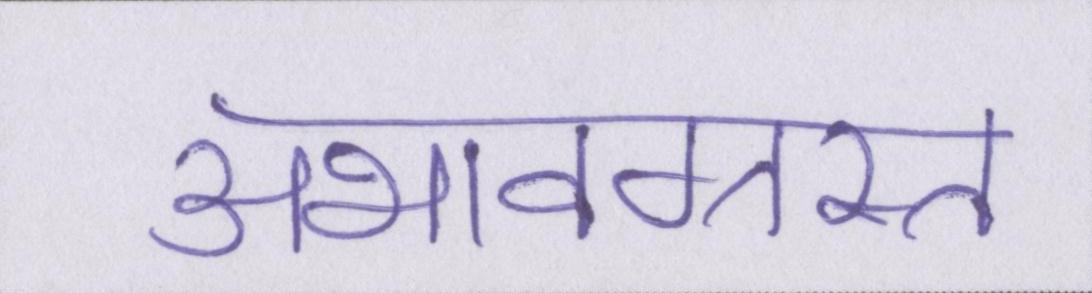
अभावग्रस्त